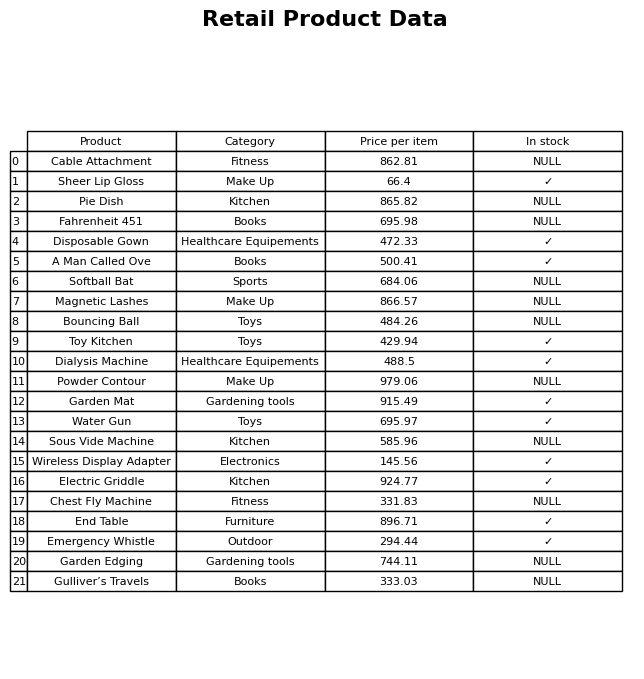
question: What is the price for Sous Vide Machine?
answer: The price of Sous Vide Machine is 585.96.